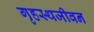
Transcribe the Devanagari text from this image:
गृहस्थजीवन